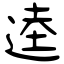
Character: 逵